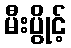
မီးပွိုင့်